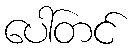
ပေါ်တင်